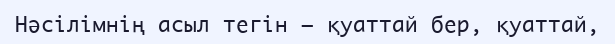
Нәсілімнің асыл тегін – қуаттай бер, қуаттай,